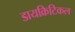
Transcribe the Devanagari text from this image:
डायक्रिटिकल